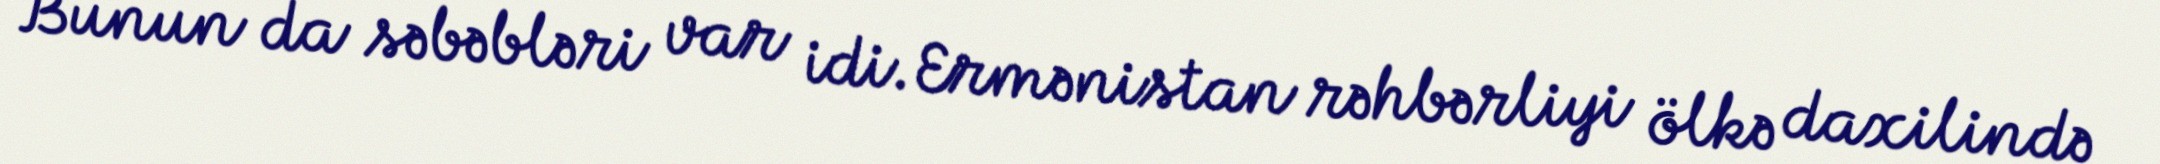
Bunun da səbəbləri var idi. Ermənistan rəhbərliyi ölkə daxilində